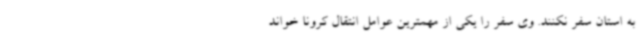
به استان سفر نکنند. وی سفر را یکی از مهمترین عوامل انتقال کرونا خواند